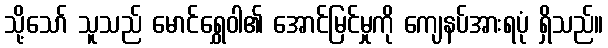
သို့သော် သူသည် မောင်ရွှေဝါ၏ အောင်မြင်မှုကို ကျေနပ်အားရပုံ ရှိသည်။